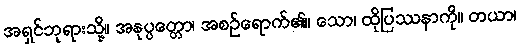
အရှင်ဘုရားသို့။ အနုပ္ပတ္တော၊ အစဉ်ရောက်၏။ သော၊ ထိုပြဿနာကို။ တယာ၊